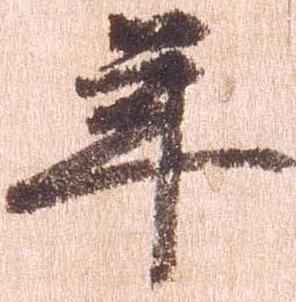
年